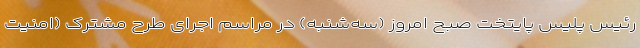
رئیس پلیس پایتخت صبح امروز (سه‌شنبه) در مراسم اجرای طرح مشترک (امنیت